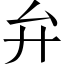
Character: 弁